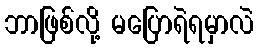
ဘာဖြစ်လို့ မပြောရဲရမှာလဲ